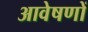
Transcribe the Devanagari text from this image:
आवेषणों